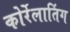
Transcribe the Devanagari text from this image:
कोर्रेलातिंग